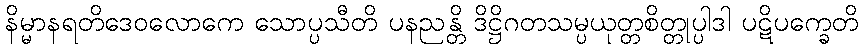
နိမ္မာနရတိဒေဝလောကေ သောပ္ပသီတိ ပနညန္တိ ဒိဋ္ဌိဂတသမ္ပယုတ္တစိတ္တုပ္ပါဒါ ပဋိပက္ခေတိ